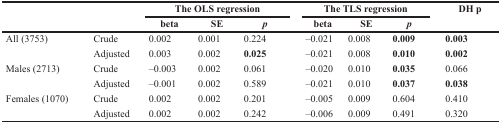
|  |  | <COLSPAN=3> The OLS regression | <COLSPAN=3> The TLS regression | <ROWSPAN=2> DH p |
 |  |  | beta | SE | p | beta | SE | p |
 | --- | --- | --- | --- | --- | --- | --- | --- | --- |
 | All (3753) | Crude | 0.002 | 0.001 | 0.224 | –0.021 | 0.008 | 0.009 | 0.003 |
 |  | Adjusted | 0.003 | 0.002 | 0.025 | –0.021 | 0.008 | 0.010 | 0.002 |
 | Males (2713) | Crude | –0.003 | 0.002 | 0.061 | –0.020 | 0.010 | 0.035 | 0.066 |
 |  | Adjusted | –0.001 | 0.002 | 0.589 | –0.021 | 0.010 | 0.037 | 0.038 |
 | Females (1070) | Crude | 0.002 | 0.002 | 0.201 | –0.005 | 0.009 | 0.604 | 0.410 |
 |  | Adjusted | 0.002 | 0.002 | 0.242 | –0.006 | 0.009 | 0.491 | 0.320 |